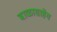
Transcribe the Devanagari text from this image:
बाळासाहेव